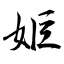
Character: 姖